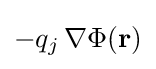
-q_{j}\,\nabla \Phi (\mathbf {r} )